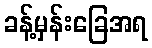
ခန့်မှန်းခြေအရ